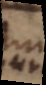
un